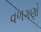
વળગણો